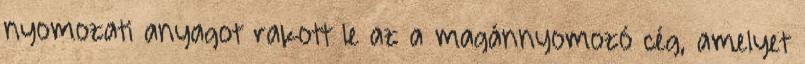
nyomozati anyagot rakott le az a magánnyomozó cég, amelyet